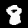
Digit: 8